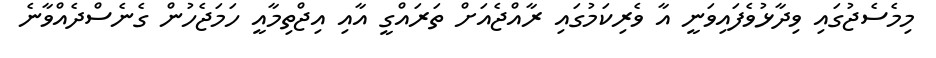
މިމެސެޖުގައި ވިދާޅުވެފައިވަނީ އާ ވެރިކަމުގައި ރާއްޖެއަށް ތަރައްގީ އާއި އިޖްތިމާއީ ހަމަޖެހުން ގެނެސްދެއްވާނެ